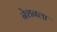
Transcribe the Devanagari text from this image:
नेशनला